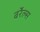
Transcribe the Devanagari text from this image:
बर्रेल्स